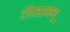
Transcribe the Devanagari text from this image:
टीएसडब्ल्यू